Civil Veterinary Department Bihar & Orissa reports 1929-36 - 1929-1936
Year: 1929
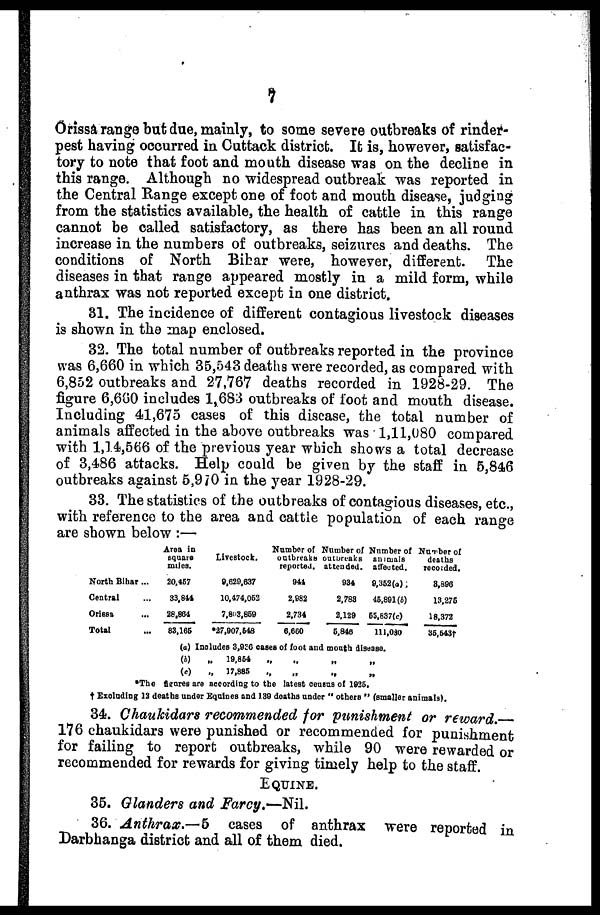
7
Orissa range but due, mainly, to some severe outbreaks of rinder-
pest having occurred in Cuttack district. It is, however, satisfac-
tory to note that foot and mouth disease was on the decline in
this range. Although no widespread outbreak was reported in
the Central Range except one of foot and mouth disease, judging
from the statistics available, the health of cattle in this range
cannot be called satisfactory, as there has been an all round
increase in the numbers of outbreaks, seizures and deaths. The
conditions of North Bihar were, however, different.
The
diseases in that range appeared mostly in a mild form, while
anthrax was not reported except in one district.
31. The incidence of different contagious livestock diseases
is shown in the map enclosed.
32. The total number of outbreaks reported in the province
was 6,660 in which 35,543 deaths were recorded, as compared with
6,852 outbreaks and 27,767 deaths recorded in 1928-29. The
figure 6,660 includes 1,683 outbreaks of loot and mouth disease.
Including 41,675 cases of this disease, the total number of
animals affected in the above outbreaks was 1,11,080 compared
with 1,1.4,566 of the previous year which shows a total decrease
of 3,486 attacks. Help could be given by the staff in 5,846
outbreaks against 5,970 in the year 1928-29.
33. The statistics of the outbreaks of contagious diseases, etc.,
with reference to the area and cattle population of each range
are shown below :—
North Bihar...
Central...
Orissa ...
Total
Area in
square
miles.
20,467
33,844
28,864
83,166
Livestock.
8,620,637
10,474,062
7,803,869
*27,907,548
Number of
outbreaks
reported.
944
2,982
2,734
6,660
Number of
Outbreaks
attended.
934
2,783
2,129
6,849
Nnmber of
animals
affected.
9,352 (a),
46,891(b)
55,837(c)
111,080
Number of
deaths
recorded.
8,896
13,276
18,372
35,543†
(a)
(b)
(c)
Includes 3,936
„
19,854
„
17,885
oases of
„
„
foot and
„
„
mouth disease.
„ „
„ „
* The figure are according to the latest census or 1925.
† Excluding 12 deaths under Equines and 130 deaths under "others" (smaller animals).
34. Chaukidars recommended for punishment or reward.
176 chaukidars were punished or recommended for punishment
for failing to report outbreaks, while 90 were rewarded or
recommended for rewards for giving timely help to the staff.
EQUINE.
35. Glanders and Farcy.—Nil.
36. Anthrax.—5
cases of anthrax were reported in
Darbhanga district and all of them died.